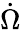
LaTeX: \dot{\Omega}